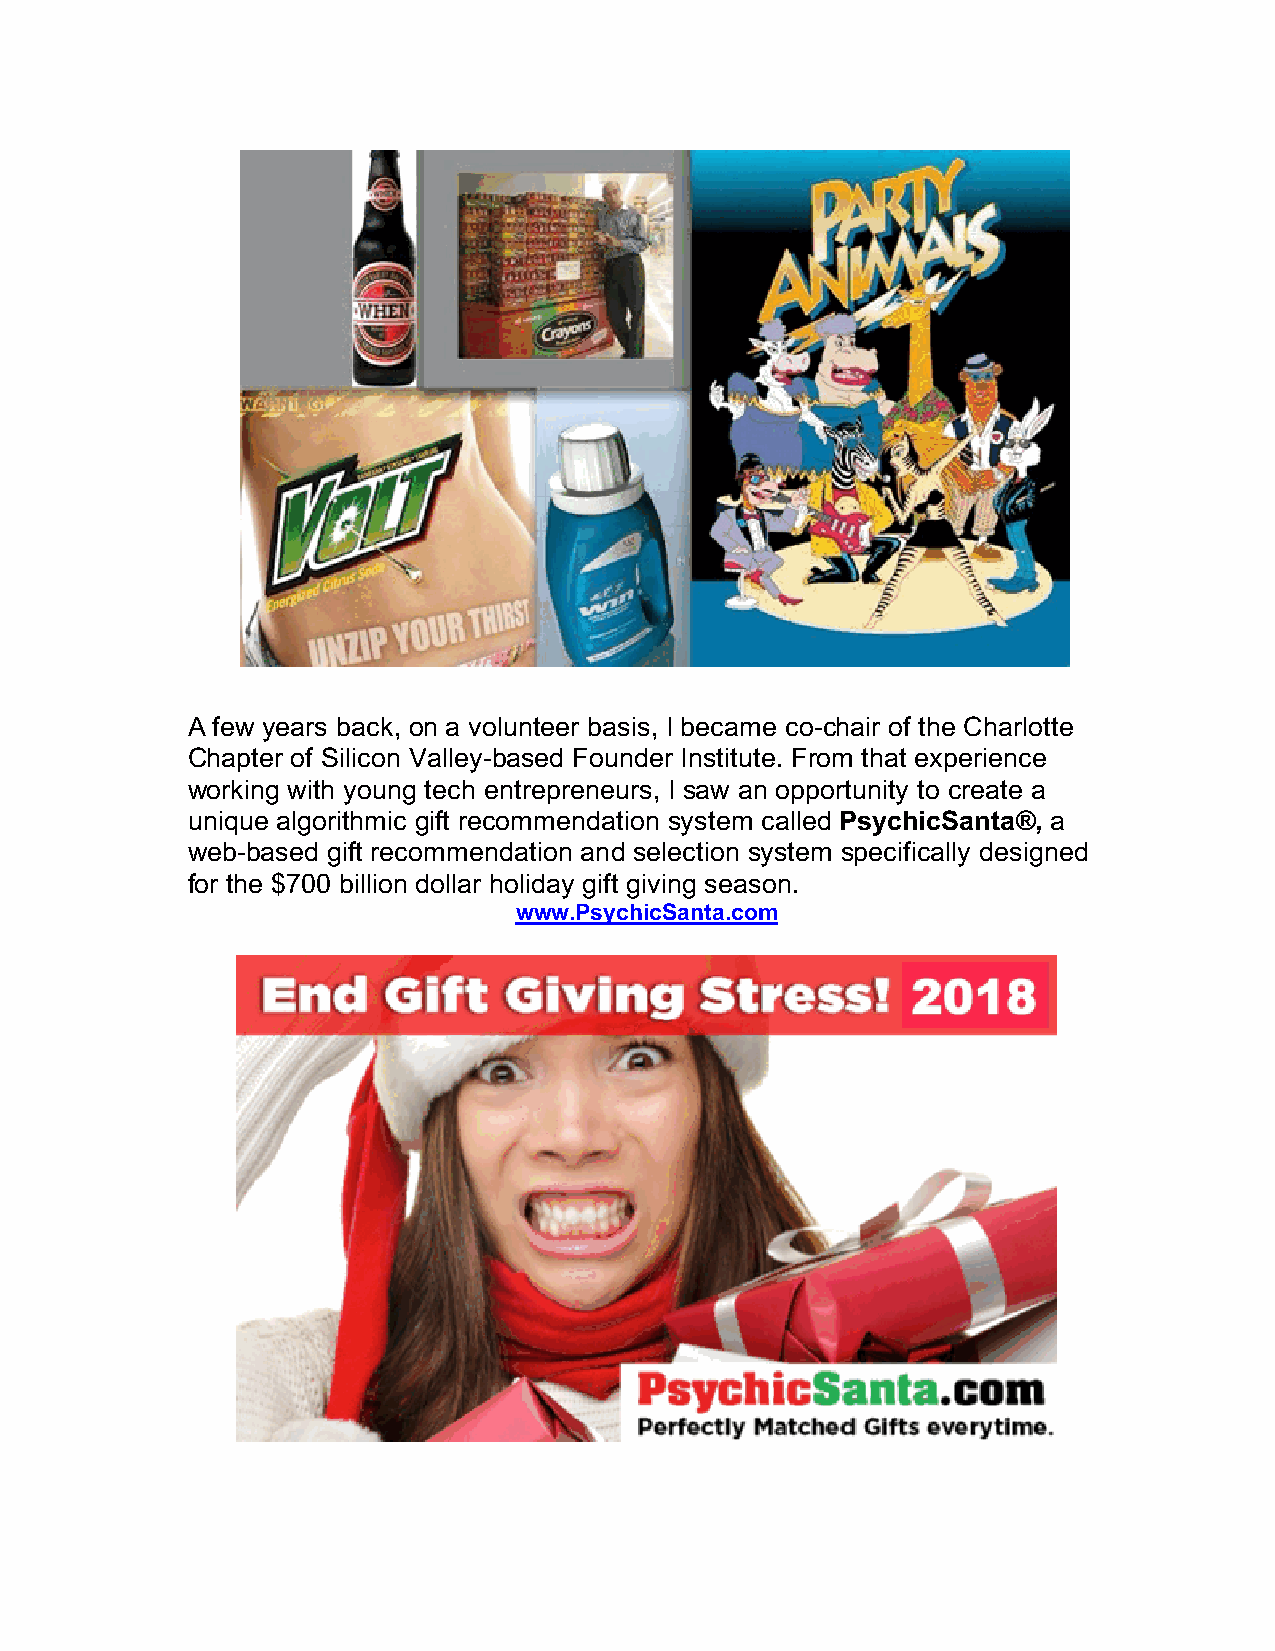
A few years back, on a volunteer basis, I became co-chair of the Charlotte
 Chapter of Silicon Valley-based Founder Institute. From that experience
 working with young tech entrepreneurs, I saw an opportunity to create a
 unique algorithmic gift recommendation system called PsychicSanta®, a
 web-based gift recommendation and selection system specifically designed
 for the $700 billion dollar holiday gift giving season.
 www.PsychicSanta.com